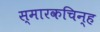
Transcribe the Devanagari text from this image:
स्मारकचिन्ह